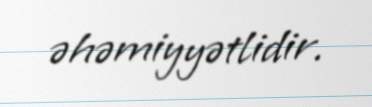
əhəmiyyətlidir.